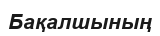
Бақалшының